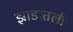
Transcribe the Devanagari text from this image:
झाडातली